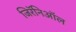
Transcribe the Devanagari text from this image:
जिरॅनिऑल